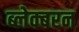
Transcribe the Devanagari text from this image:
ब्लेक्बरन